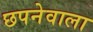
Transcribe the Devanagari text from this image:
छपनेवाला